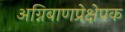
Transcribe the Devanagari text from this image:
अग्निबाणप्रेक्षेपक